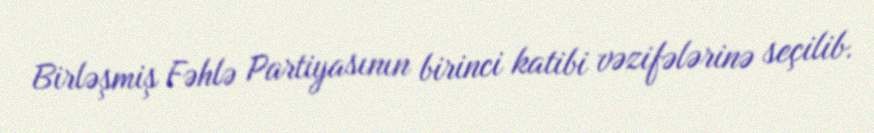
Birləşmiş Fəhlə Partiyasının birinci katibi vəzifələrinə seçilib.